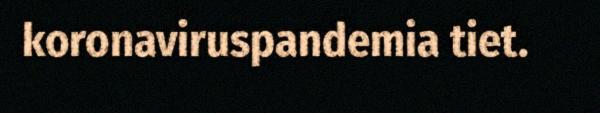
koronaviruspandemia tiet.